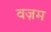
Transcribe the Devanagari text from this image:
वज़म